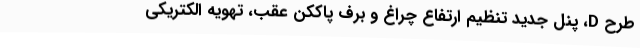
طرح D، پنل جدید تنظیم ارتفاع چراغ و برف پاککن عقب، تهویه الکتریکی